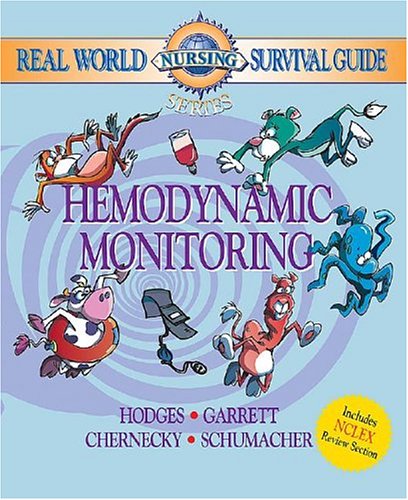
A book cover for Real World Nursing Survival Guide: Hemodynamic Monitoring, 1e (Saunders Nursing Survival Guide); Rebecca K. Hodges RN  CCRN; Medical Books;